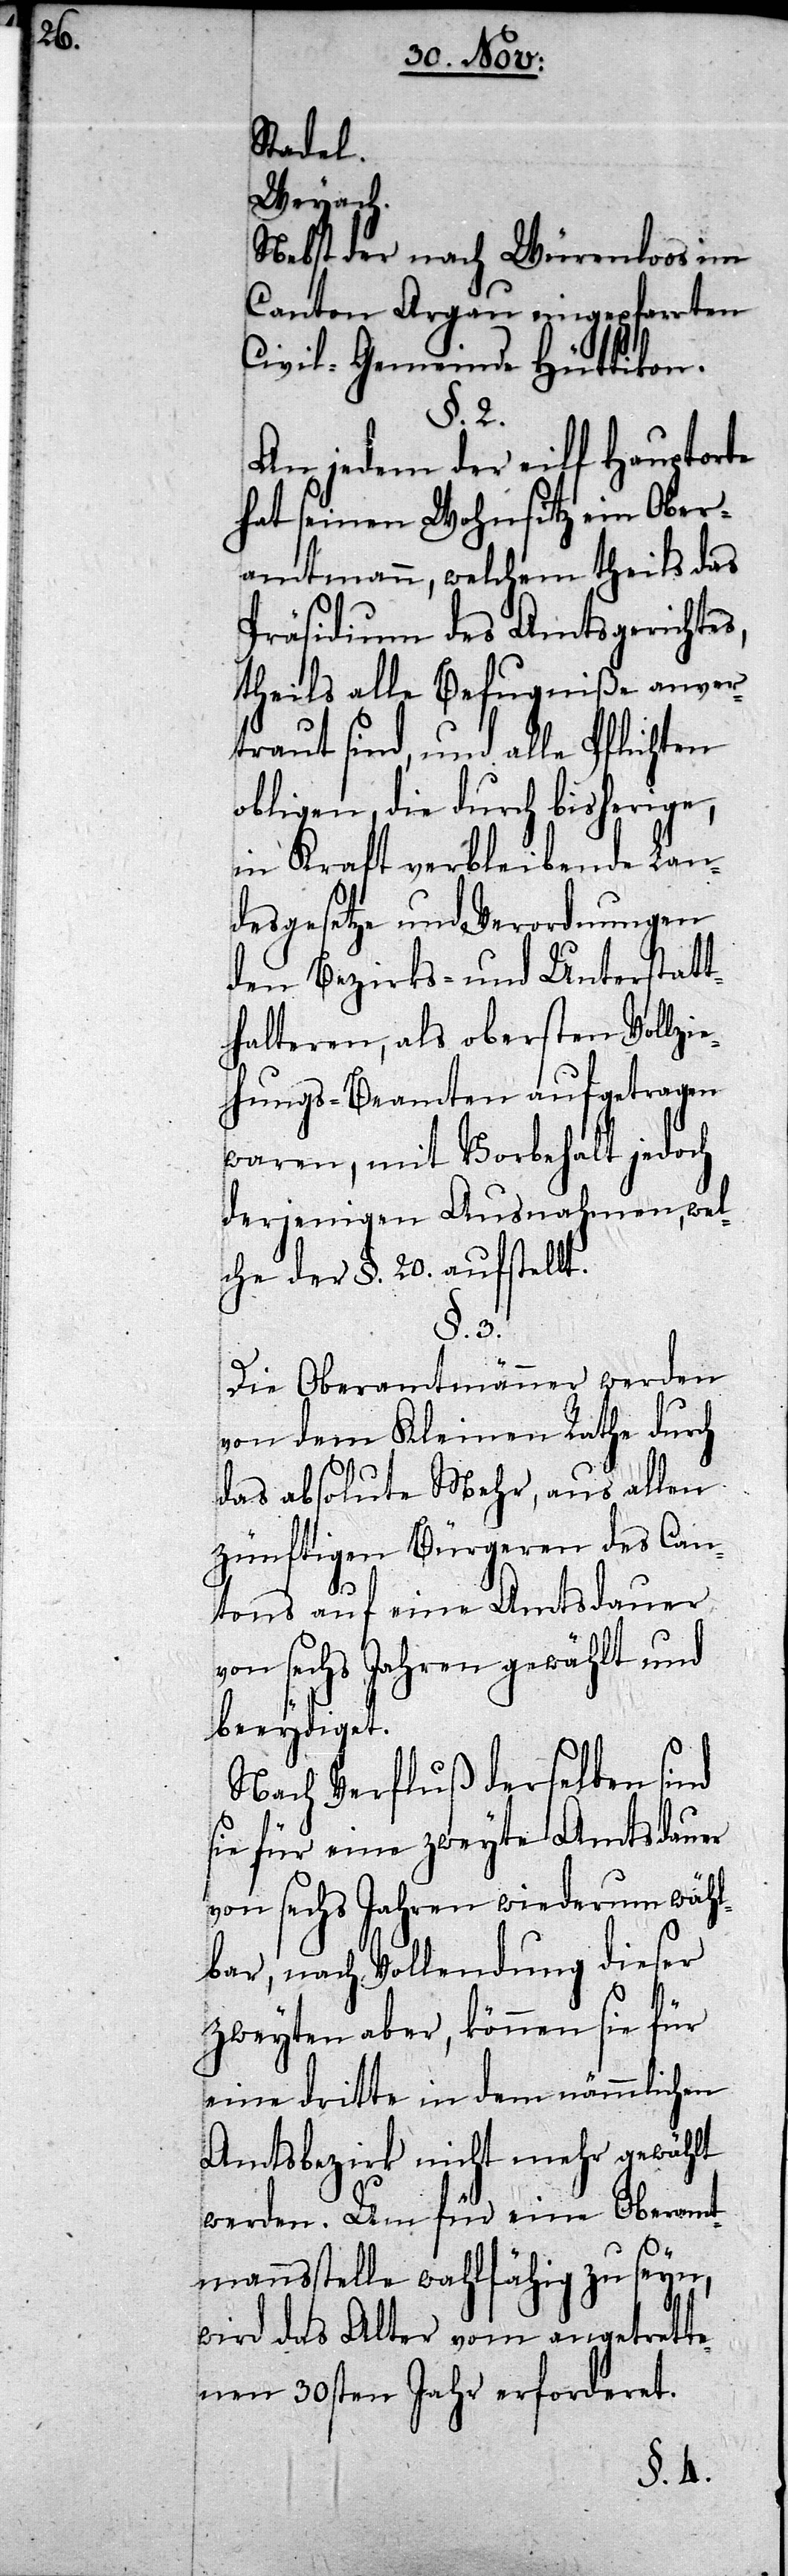
Stadel.
Weyach.
Nebst der nach Würenloos im
Canton Argau
Civil-Gemeinde Hüt¬
§. 2.
anver¬
An jedem der eilf
hat seinen Wohnsitz ein Ober¬
ils das
amtmann, welchem
chtes,
Präsidium des Amt¬
niße
theils alle Befug¬
traut sind, und alle
obligen, die durch bisherige,
in Kraft verbleibende Lan¬
desgesetze und Verordnungen
den Bezirks- und Unterstatt¬
halteren, als obersten Vollzie¬
hungs-Beamten aufgetragen
waren, mit dem Vorbehalt jedoch
derjenigen Ausnahmen, wel¬
che der §. 20. aufstellt.
§. 3.
Die Oberamtmänner werden
von dem Kleinen Rathe durch
das absolute Mehr, aus allen
zünftigen Bürgeren des Can¬
tons auf eine Amtsdauer
von sechs Jahren gewählt und
beeydiget.
Nach Verfluß derselben sind
sie für eine zweyte Amtsdauer
von sechs Jahren wiederum wäh¬
lbar, nach Vollendung dieser
zweyten aber, können sie für
eine dritte in dem nämmlichen
Amtsbezirk nicht mehr gewählt
werden. Um für eine Oberamt¬
mannsstelle wahlfähig zu seyn,
wird das Alter vom angetrette¬
nen 30sten Jahr erforderet.